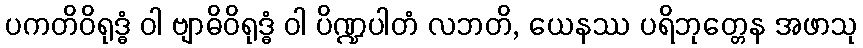
ပကတိဝိရုဒ္ဓံ ဝါ ဗျာဓိဝိရုဒ္ဓံ ဝါ ပိဏ္ဍပါတံ လဘတိ, ယေနဿ ပရိဘုတ္တေန အဖာသု